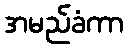
အမည်ခံကာ